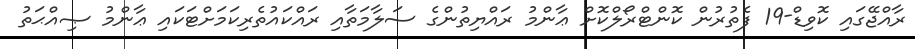
ރާއްޖޭގައި ކޮވިޑް-19 ފެތުރުން ކޮންޓްރޯލްކޮށް ޢާންމު ރައްޔިތުންގެ ސަލާމަތާއި ރައްކައުތެރިކަމަށްޓަކައި ޢާންމު ޞިއްޙަތު